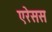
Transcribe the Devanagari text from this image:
एरेसस